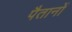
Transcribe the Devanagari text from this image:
पैतानों